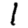
Digit: 1